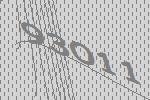
93011